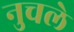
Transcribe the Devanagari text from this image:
नुचले